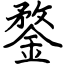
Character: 鍪